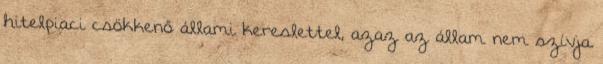
hitelpiaci csökkenő állami kereslettel, azaz az állam nem szívja